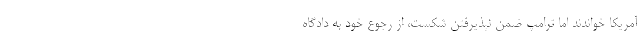
آمریکا خواندند اما ترامپ ضمن نپذیرفتن شکست، از رجوع خود به دادگاه